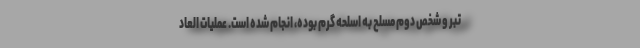
تبر و شخص دوم مسلح به اسلحه گرم بوده، انجام شده است. عملیات العاد